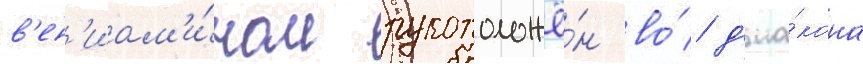
в'ен'иам'и́ном рукоположё́н во́ д'иа́кона